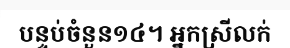
បន្ទប់ចំនួន១៤។ អ្នកស្រីលក់